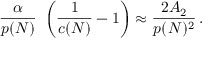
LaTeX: { \frac { \alpha } { p ( N ) } } \ \left( { \frac { 1 } { c ( N ) } } - 1 \right) \approx { \frac { 2 A _ { 2 } } { p ( N ) ^ { 2 } } } \, .